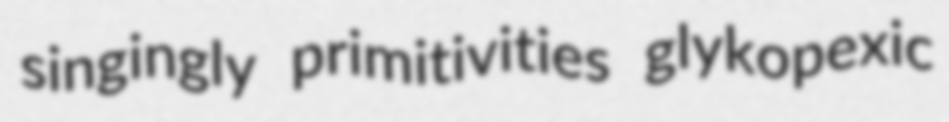
singingly primitivities glykopexic